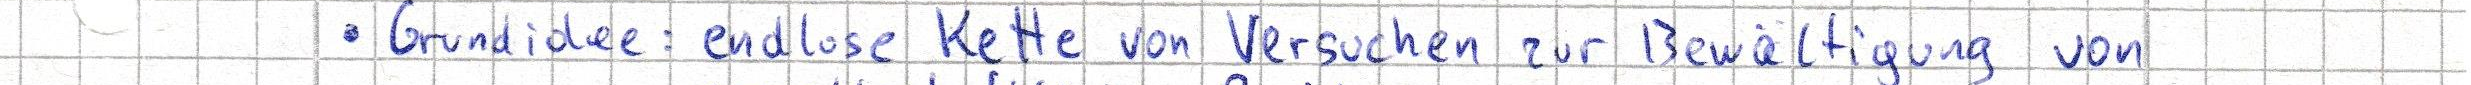
- Grundidee: endlose Kette von Versuchen zur Bewältigung von